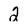
Character: 2